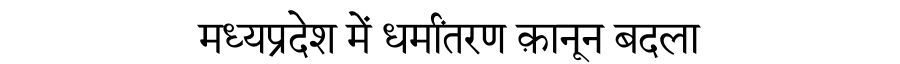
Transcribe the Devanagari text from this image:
मध्यप्रदेश में धर्मांतरण क़ानून बदला